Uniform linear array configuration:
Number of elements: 16
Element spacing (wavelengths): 0.75
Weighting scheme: blackman
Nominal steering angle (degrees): -60
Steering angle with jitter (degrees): -60.159
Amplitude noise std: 0.05
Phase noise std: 0.05

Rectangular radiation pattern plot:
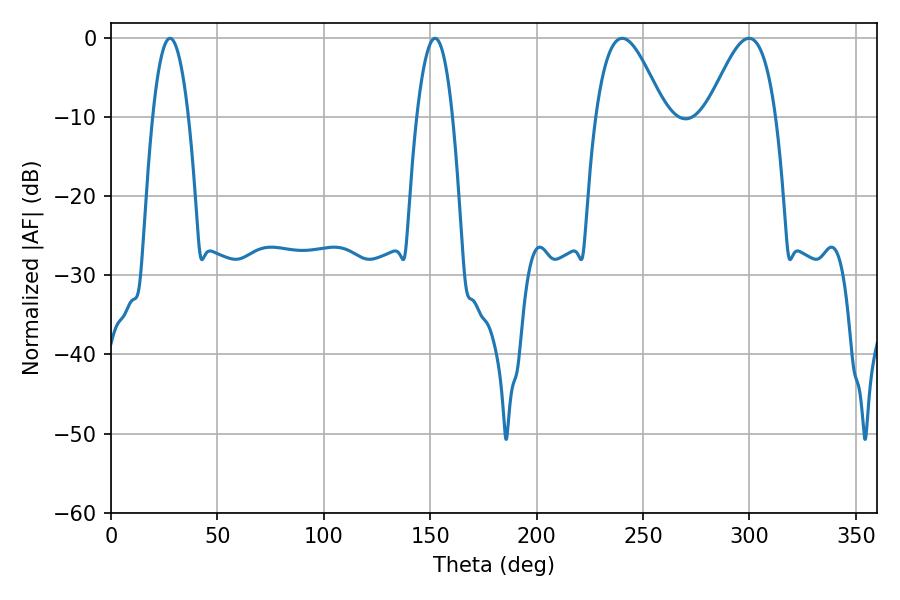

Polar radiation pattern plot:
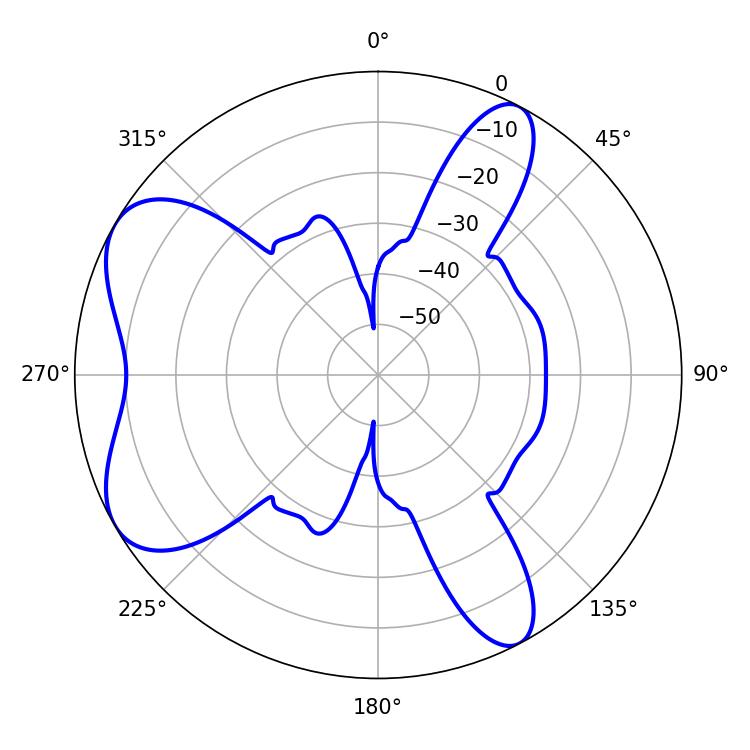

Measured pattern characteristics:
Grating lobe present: TRUE
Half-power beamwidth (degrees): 9.18
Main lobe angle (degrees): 27.72